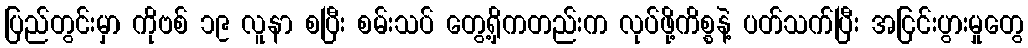
ပြည်တွင်းမှာ ကိုဗစ် ၁၉ လူနာ စပြီး စမ်းသပ် တွေ့ရှိကတည်းက လုပ်ဖို့ကိစ္စနဲ့ ပတ်သက်ပြီး အငြင်းပွားမှုတွေ